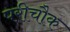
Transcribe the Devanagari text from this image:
परीचौक